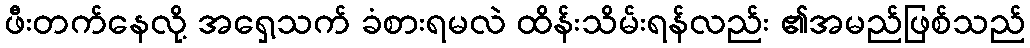
ဖီးတက်နေလို့ အရှေ့သက် ခံစားရမလဲ ထိန်းသိမ်းရန်လည်း ၏အမည်ဖြစ်သည်